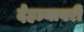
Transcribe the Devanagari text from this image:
देहत्र्यावरीं